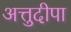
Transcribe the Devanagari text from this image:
अत्तुदीपा